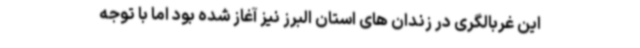
این غربالگری در زندان های استان البرز نیز آغاز شده بود اما با توجه